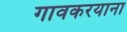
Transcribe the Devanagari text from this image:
गावकरयाना